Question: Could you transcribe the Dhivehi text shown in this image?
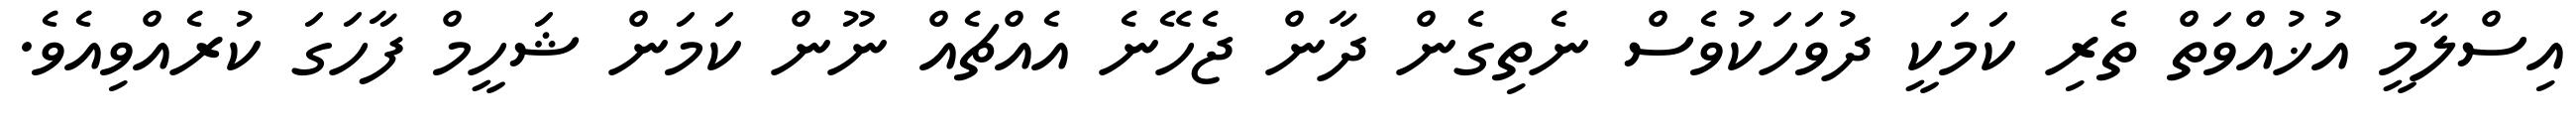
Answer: އިސްލާމީ އުޚުއްވަތް ތެރި ކަމަކީ ދުވަހަކުވެސް ނެތިގެން ދާން ޖެހޭނެ އެއްޗެއް ނޫން ކަމަން ޝަހީމް ފާހަގަ ކުރެއްވިއެވެ.